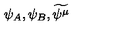
\psi _ { A } , \psi _ { B } , \widetilde { \psi ^ { \mu } }